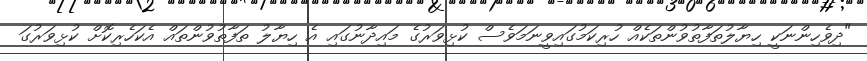
"ދިވެހިންނަކީ ހިޔާލުތަފާތުވުންތަކެއް ހުރިކަމުގައިވީނަމަވެސް ކުޅިވަރުގެ މައިދާނުގައި އެ ހިޔާލު ތަފާތުވުންތައް އެކަހެރިކޮށް ކުޅިވަރުގަ